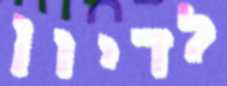
לדיון